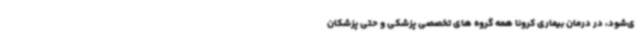
ی‌شود، در درمان بیماری کرونا همه گروه های تخصصی پزشکی و حتی پزشکان